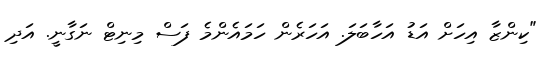
"ކިންޒާ އިހަށް އަޑު އަހާބަލަ. އަހަރެން ހަމައެންމެ ފަސް މިނިޓް ނަގާނީ. އަދި